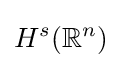
H^{s}(\mathbb {R} ^{n})